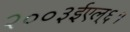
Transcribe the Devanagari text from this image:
२००३ईएल्‌६१